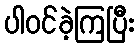
ပါဝင်ခဲ့ကြပြီး